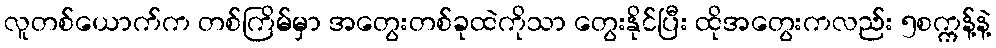
လူတစ်ယောက်က တစ်ကြိမ်မှာ အတွေးတစ်ခုထဲကိုသာ တွေးနိုင်ပြီး ထိုအတွေးကလည်း ၅စက္ကန့်နဲ့